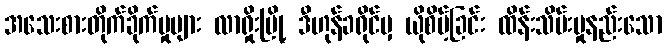
အသေးစားတိုက်ခိုက်မှုများ လာရှိုးမြို့ ဒီဟုန်ခရိုင်မှ ယိုစိမ့်ခြင်း ထိန်းသိမ်းမှုနည်းသော